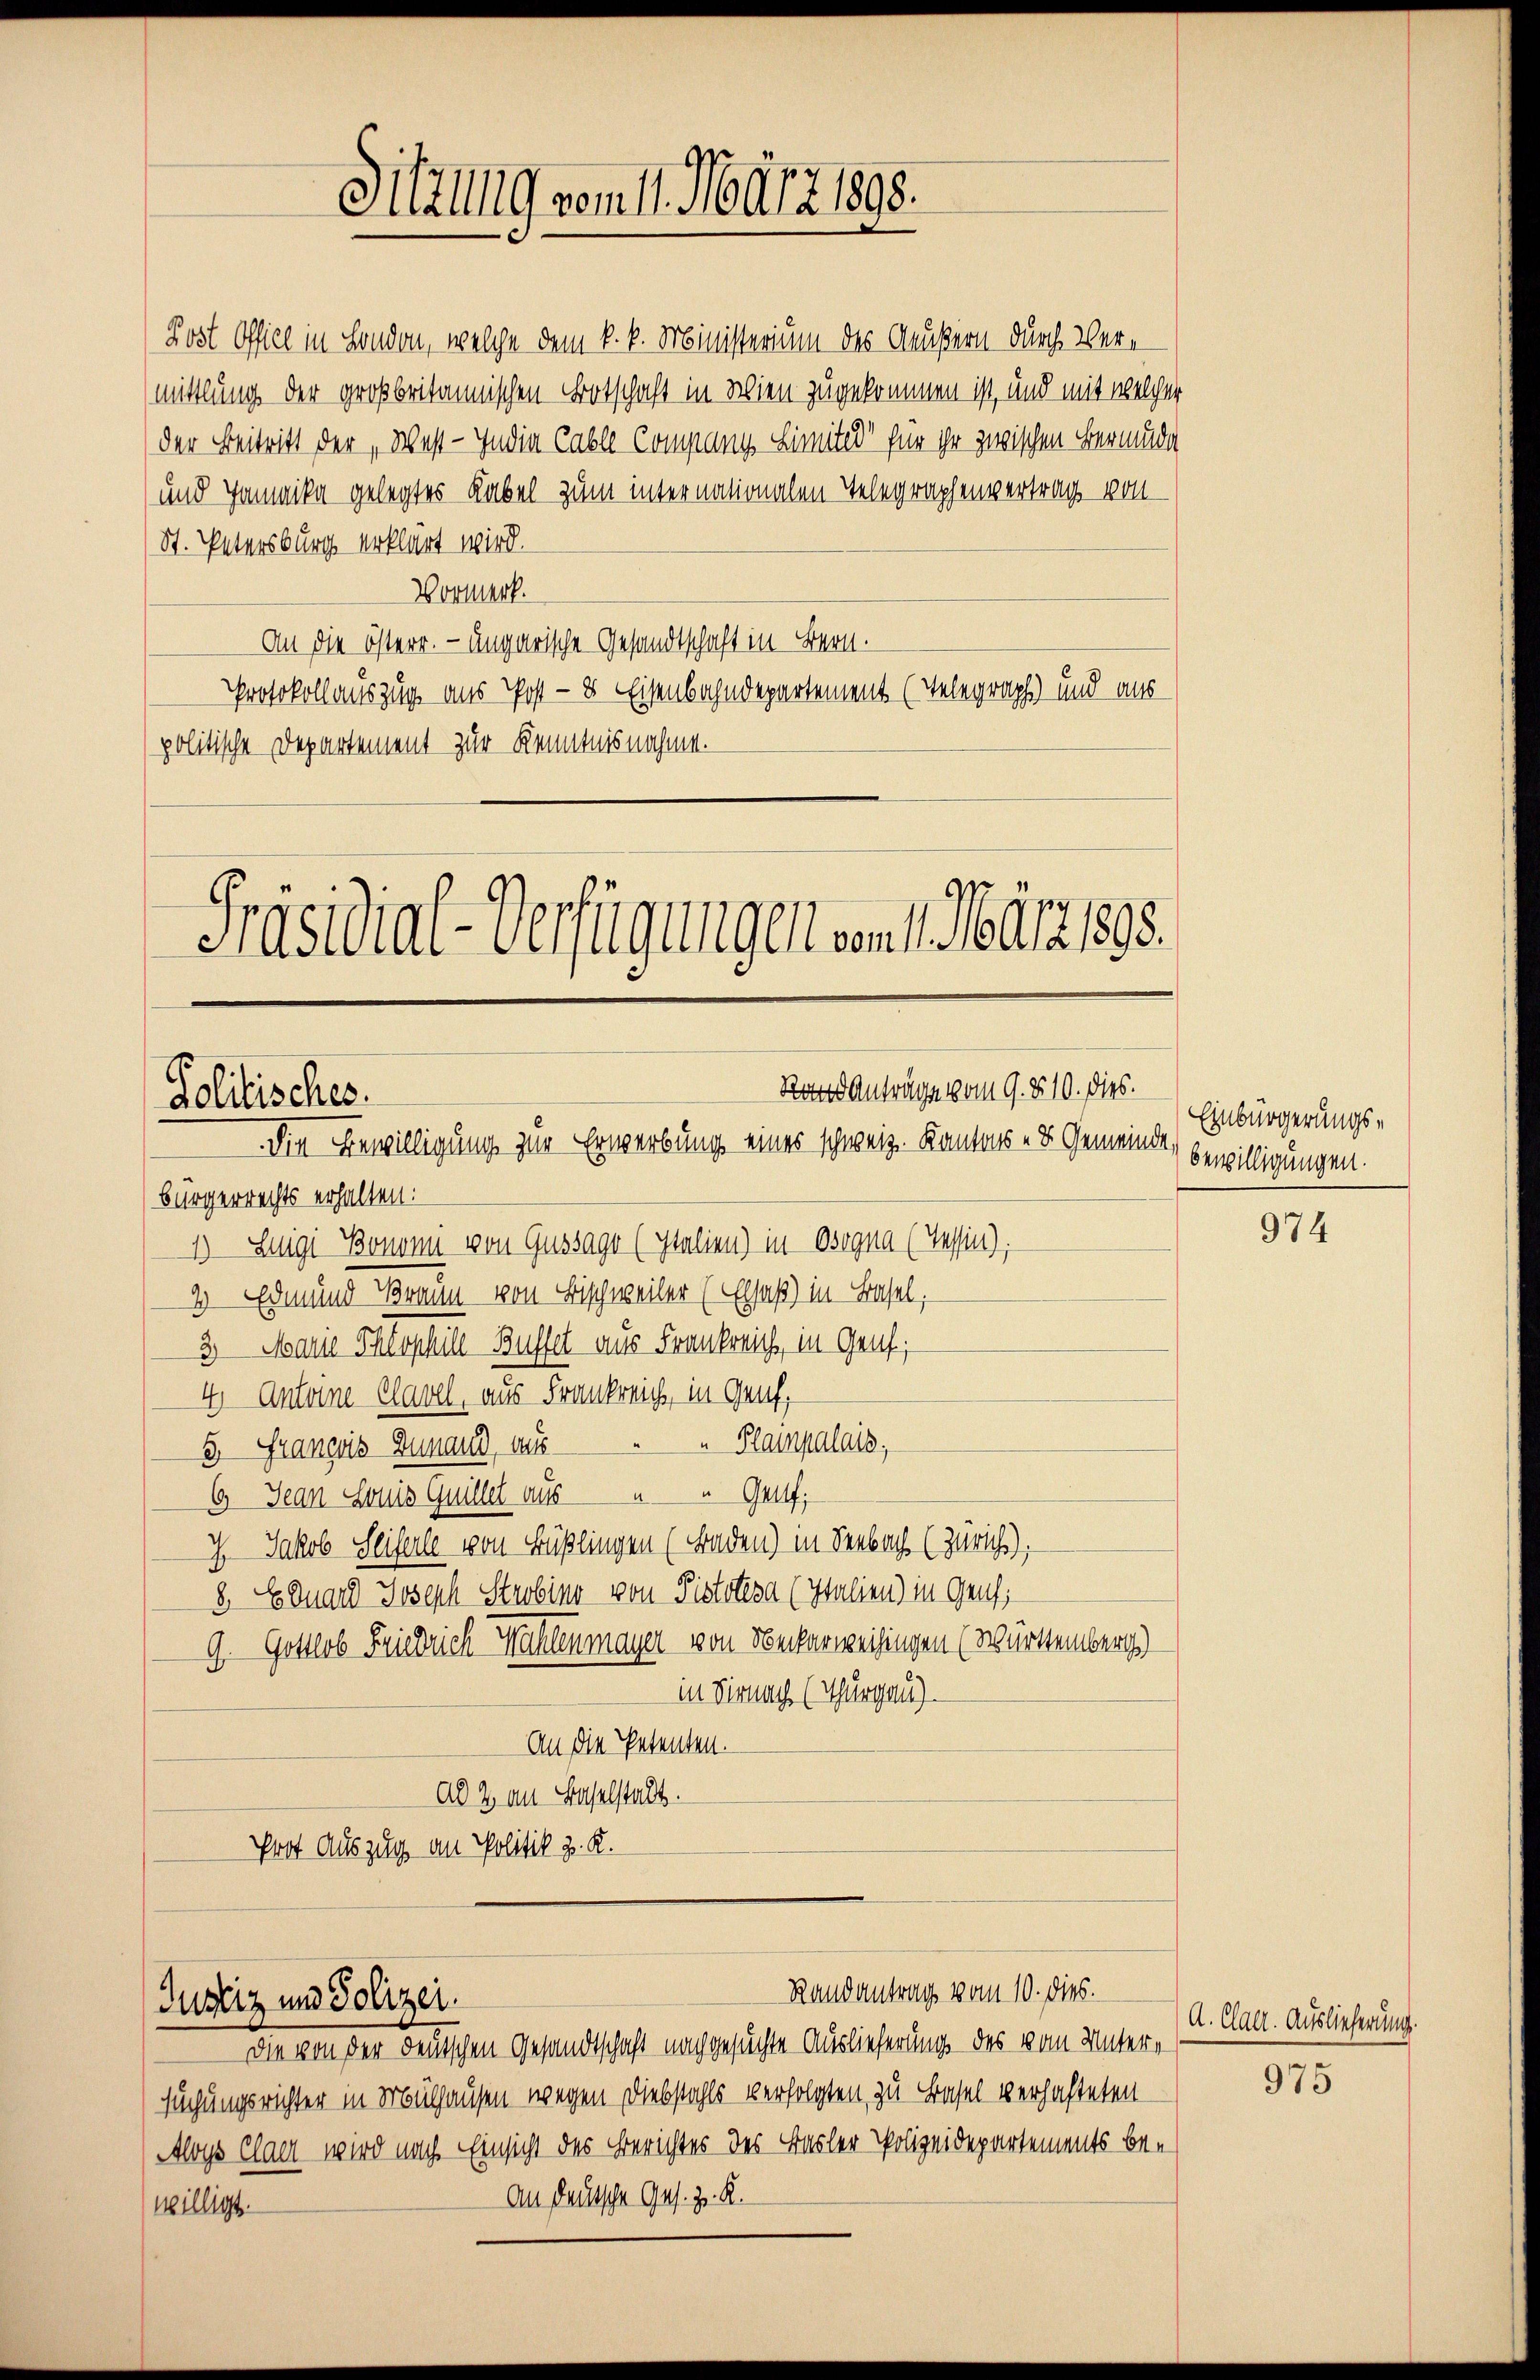
Rod Anträge vom 9. d. 10. dies.
Politisches.
Die Bewilligung zur Erwerbung eines schweiz. Kantons - u. Gemeinde

Sitzung vom 11. März 1898.

Randantrag vom 10. dies.
Justiz und Polizei.

Rost Offiel in London, welche dem k. k. Ministerium des Aeußern durch Vermittlung der großbritannischen Botschaft in Wien zugekommen ist, und mit welcher
der Beitritt der West - India Cable Company Limiter für ihr zwischen Bermüde
und Jamnika gelegtes Rabel zum internationalen Telegraphenvertrag von
St. Petersburg erklärt wird.
Vormerk.
An die österr. - Ungarische Gesandtschaft in Bern.
Protokollauszug aus Post - 8 Eisenbahndepartement (Telegraph) und aus
politische Departement zur Kenntnisnahme.
Präsidial-Verfügungen vom 1. Mai 1890.

Bürgerrechts erhalten.
1) Luigi Bononn von Gussago (Italien) in Osegna (Tessin),
2 Edmund Braun von Bischweiler (Elsaß) in Basel,
3. Marie Theophie Busset aus Frankreich, in Genf,
4. Antoine Clavel, aus Frankreich, in Genf,
Plampalais,
3. Franzis Zunaud, aus
6 Jean Louis Guillet aus " " Genf;
7. Jakob Seiferle von Füßlingen (Braden) in Seebach (Zürich),
8. Eduard Joseph Strobino von Pistoteva (Italien) in Genf,
G. Gottlob Friedrich Mühlenmayer von Seckerweisungen (Württemberg)
in Dirnach (Thurgau)
An die Petenten.
ad 2 an Baselstadt.
Prot Auszug an Politik z. K.

Einbürgerungsbewilligungen.

Die von der deutschen Gesandtschaft nachgesuchte Auslieferung des vom Untere
suchungsrichter in Mülhausen wegen Diebstahls verfolgten zu Basel verhafteten
Aloys Claer wird nach Einsicht des Berichtes des Basler Polizeidepartements be¬
An deutsche Ges. z. K.
willigt.

974

A. Clag. Auslieferung.

975